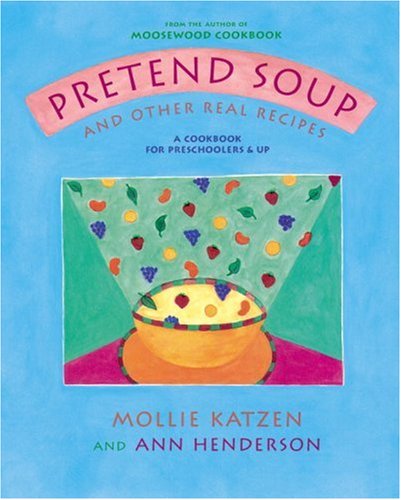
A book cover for Pretend Soup and Other Real Recipes: A Cookbook for Preschoolers and Up; Mollie Katzen; Children's Books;